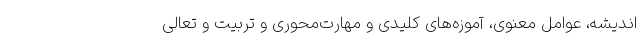
اندیشه، عوامل معنوی، آموزه‌های کلیدی و مهارت‌محوری و تربیت و تعالی